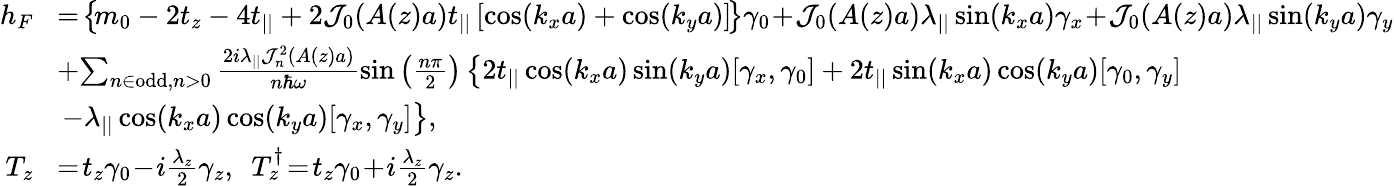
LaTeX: \begin{array}{rl}{h_{F}}&{\! =\! \left\{ \! m_{0}-2t_{z}-4t_{||}+2{\cal J}_{0}(A(z)a)t_{||}\left[\cos(k_{x}a)+\cos(k_{y}a)\right]\! \right\} \gamma_{0}\! +\! {\cal J}_{0}(A(z)a)\lambda_{||}\sin(k_{x}a)\gamma_{x}\! +\! {\cal J}_{0}(A(z)a)\lambda_{||}\sin(k_{y}a)\gamma_{y}}\\ &{\! +\! \sum_{n\in\mathrm{odd},n>0}\frac{2i\lambda_{||}{\cal J}_{n}^{2}(A(z)a)}{n\hbar\omega}\sin\left(\frac{n\pi}{2}\right)\left\{ 2t_{||}\cos(k_{x}a)\sin(k_{y}a)[\gamma_{x},\gamma_{0}]+2t_{||}\sin(k_{x}a)\cos(k_{y}a)[\gamma_{0},\gamma_{y}]\right.}\\ &{\left.-\lambda_{||}\cos(k_{x}a)\cos(k_{y}a)[\gamma_{x},\gamma_{y}]\right\} ,}\\ {T_{z}}&{\! =\! t_{z}\gamma_{0}\! -\! i\frac{\lambda_{z}}{2}\gamma_{z},~~T_{z}^{\dagger}\! =\! t_{z}\gamma_{0}\! +\! i\frac{\lambda_{z}}{2}\gamma_{z}.}\end{array}